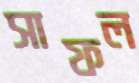
সাফল